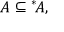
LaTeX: A \subseteq { ^ { * } \! A } ,